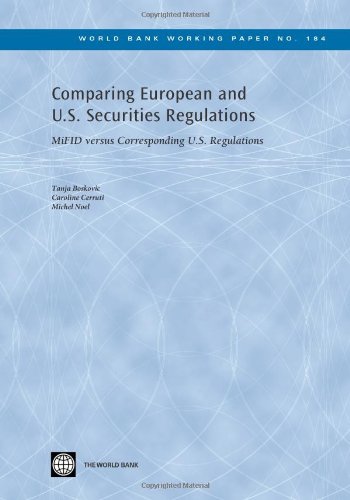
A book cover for Comparing European and U.S. Securities Regulations: MiFID versus Corresponding U.S. Regulations (World Bank Working Papers); Tanja Boskovic; Law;